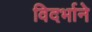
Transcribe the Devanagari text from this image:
विदर्भाने